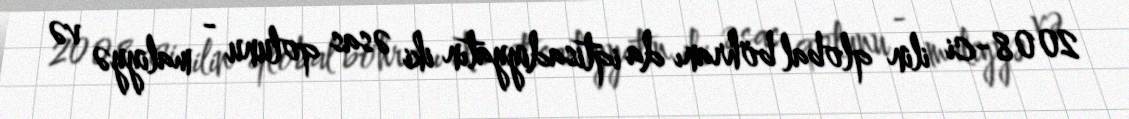
2008-ci ilin qlobal böhranı da iqtisadiyyatın iki əsas qolunu - maliyyə və